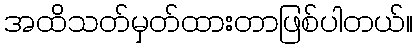
အထိသတ်မှတ်ထားတာဖြစ်ပါတယ်။